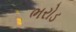
ભરોડ